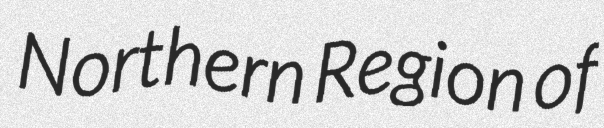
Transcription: Northern Region of